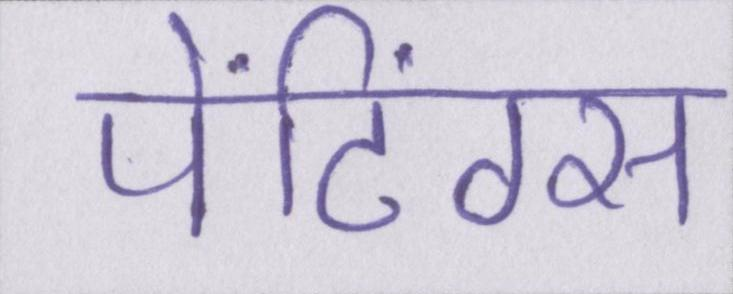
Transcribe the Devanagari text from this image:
पेंटिंग्स